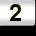
Digit: 2